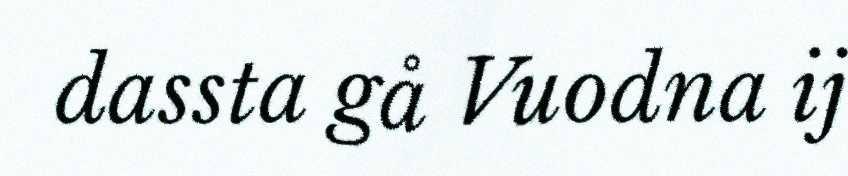
dassta gå Vuodna ij